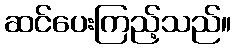
ဆင်ပေးကြည့်သည်။